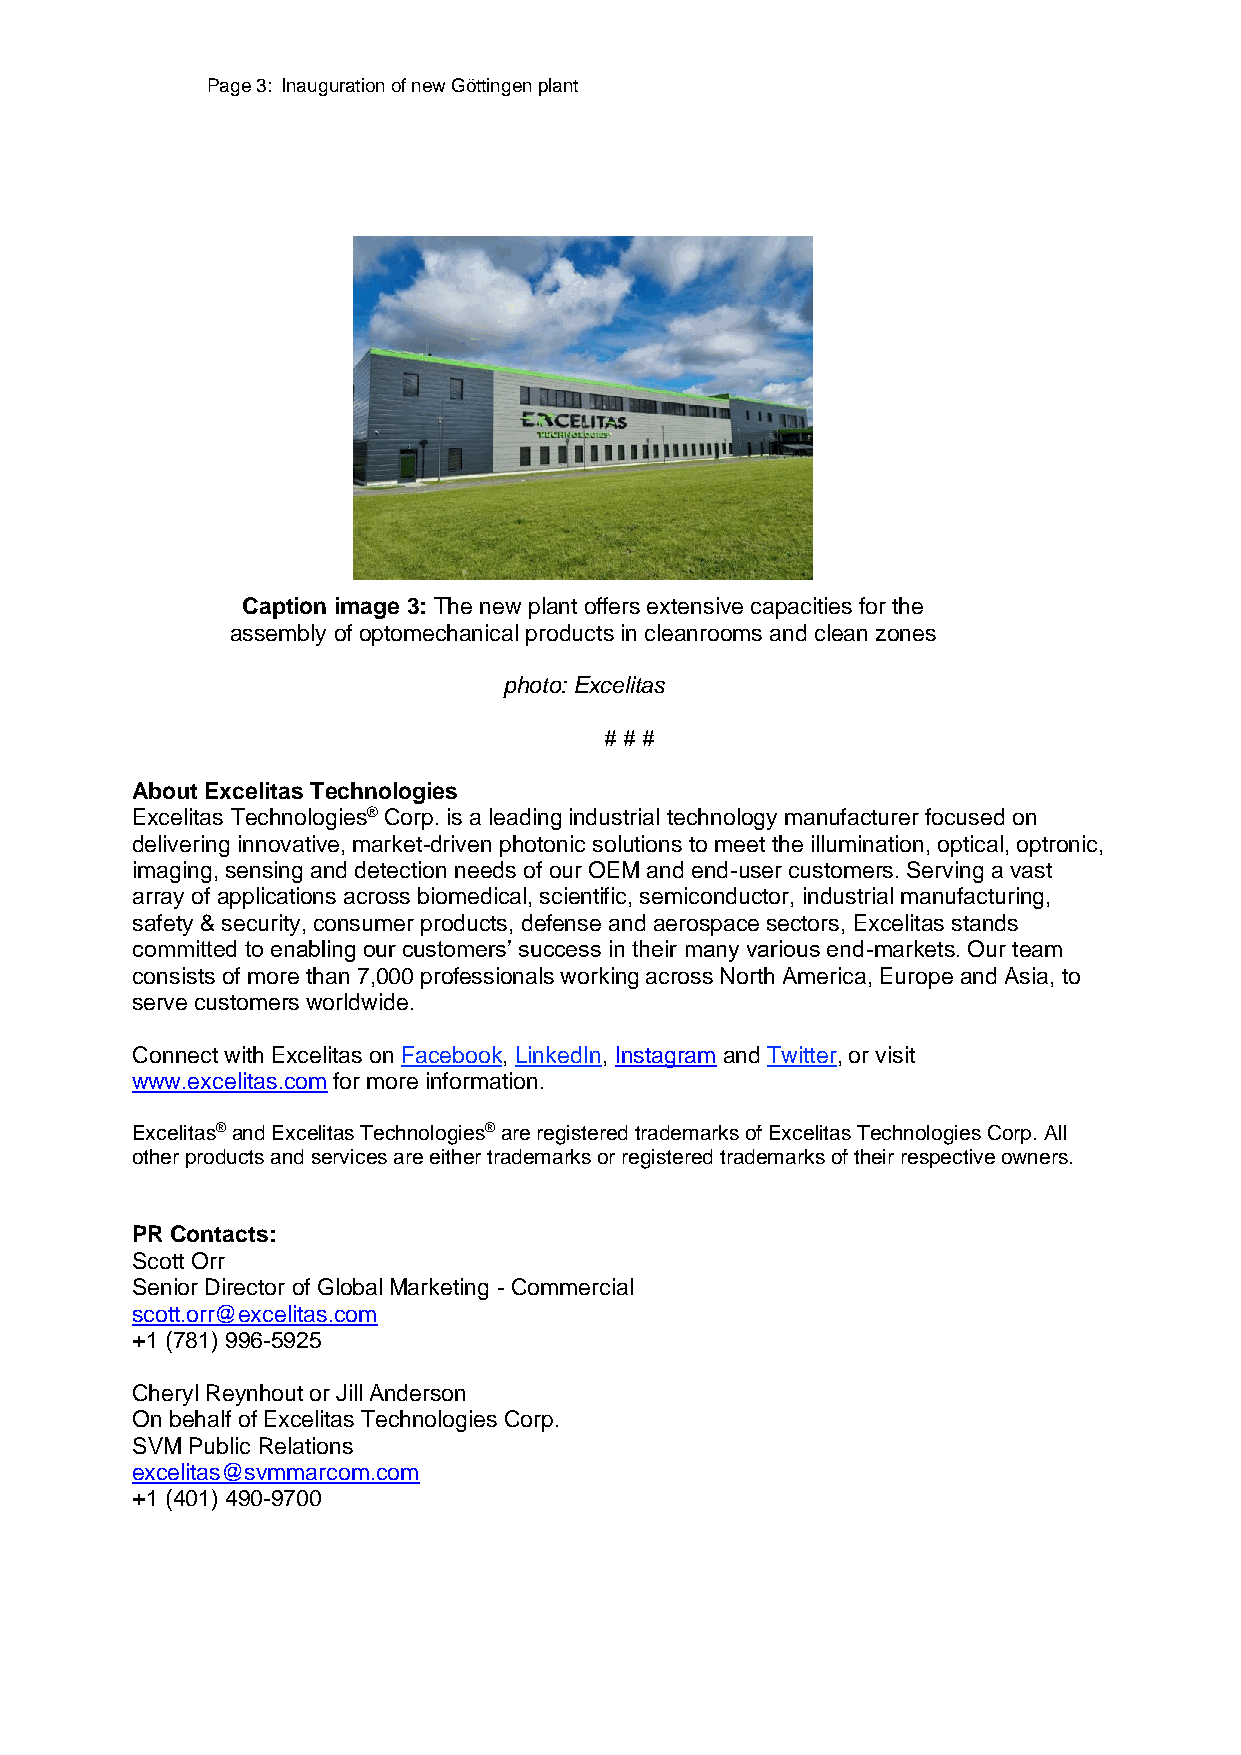
Page 3: Inauguration of new Göttingen plant
 Caption image 3: The new plant offers extensive capacities for the
 assembly of optomechanical products in cleanrooms and clean zones
 photo: Excelitas
 # # #
 About Excelitas Technologies
 Excelitas Technologies® Corp. is a leading industrial technology manufacturer focused on
 delivering innovative, market-driven photonic solutions to meet the illumination, optical, optronic,
 imaging, sensing and detection needs of our OEM and end-user customers. Serving a vast
 array of applications across biomedical, scientific, semiconductor, industrial manufacturing,
 safety & security, consumer products, defense and aerospace sectors, Excelitas stands
 committed to enabling our customers’ success in their many various end-markets. Our team
 consists of more than 7,000 professionals working across North America, Europe and Asia, to
 serve customers worldwide.
 Connect with Excelitas on Facebook, LinkedIn, Instagram and Twitter, or visit
 www.excelitas.com for more information.
 Excelitas® and Excelitas Technologies® are registered trademarks of Excelitas Technologies Corp. All
 other products and services are either trademarks or registered trademarks of their respective owners.
 PR Contacts:
 Scott Orr
 Senior Director of Global Marketing - Commercial
 scott.orr@excelitas.com
 +1 (781) 996-5925
 Cheryl Reynhout or Jill Anderson
 On behalf of Excelitas Technologies Corp.
 SVM Public Relations
 excelitas@svmmarcom.com
 +1 (401) 490-9700